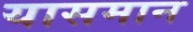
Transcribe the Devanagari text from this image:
यासमान